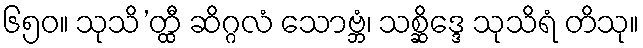
၆၅၀။ သုသိ’တ္ထီ ဆိဂ္ဂလံ သောဗ္ဘံ၊ သစ္ဆိဒ္ဒေ သုသိရံ တိသု။